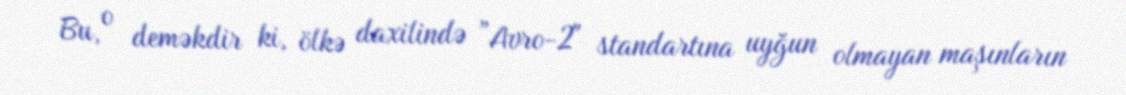
Bu, o deməkdir ki, ölkə daxilində ”Avro-2" standartına uyğun olmayan maşınların